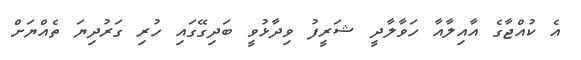
އެ ކުއްޖާގެ އާއިލާއާ ހަވާލާދީ ޝަރީފު ވިދާޅުވީ ބަދިގޭގައި ހުރި ގަރުދިޔަ ތެއްޔަށް